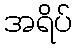
အရိပ်